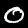
Digit: 0